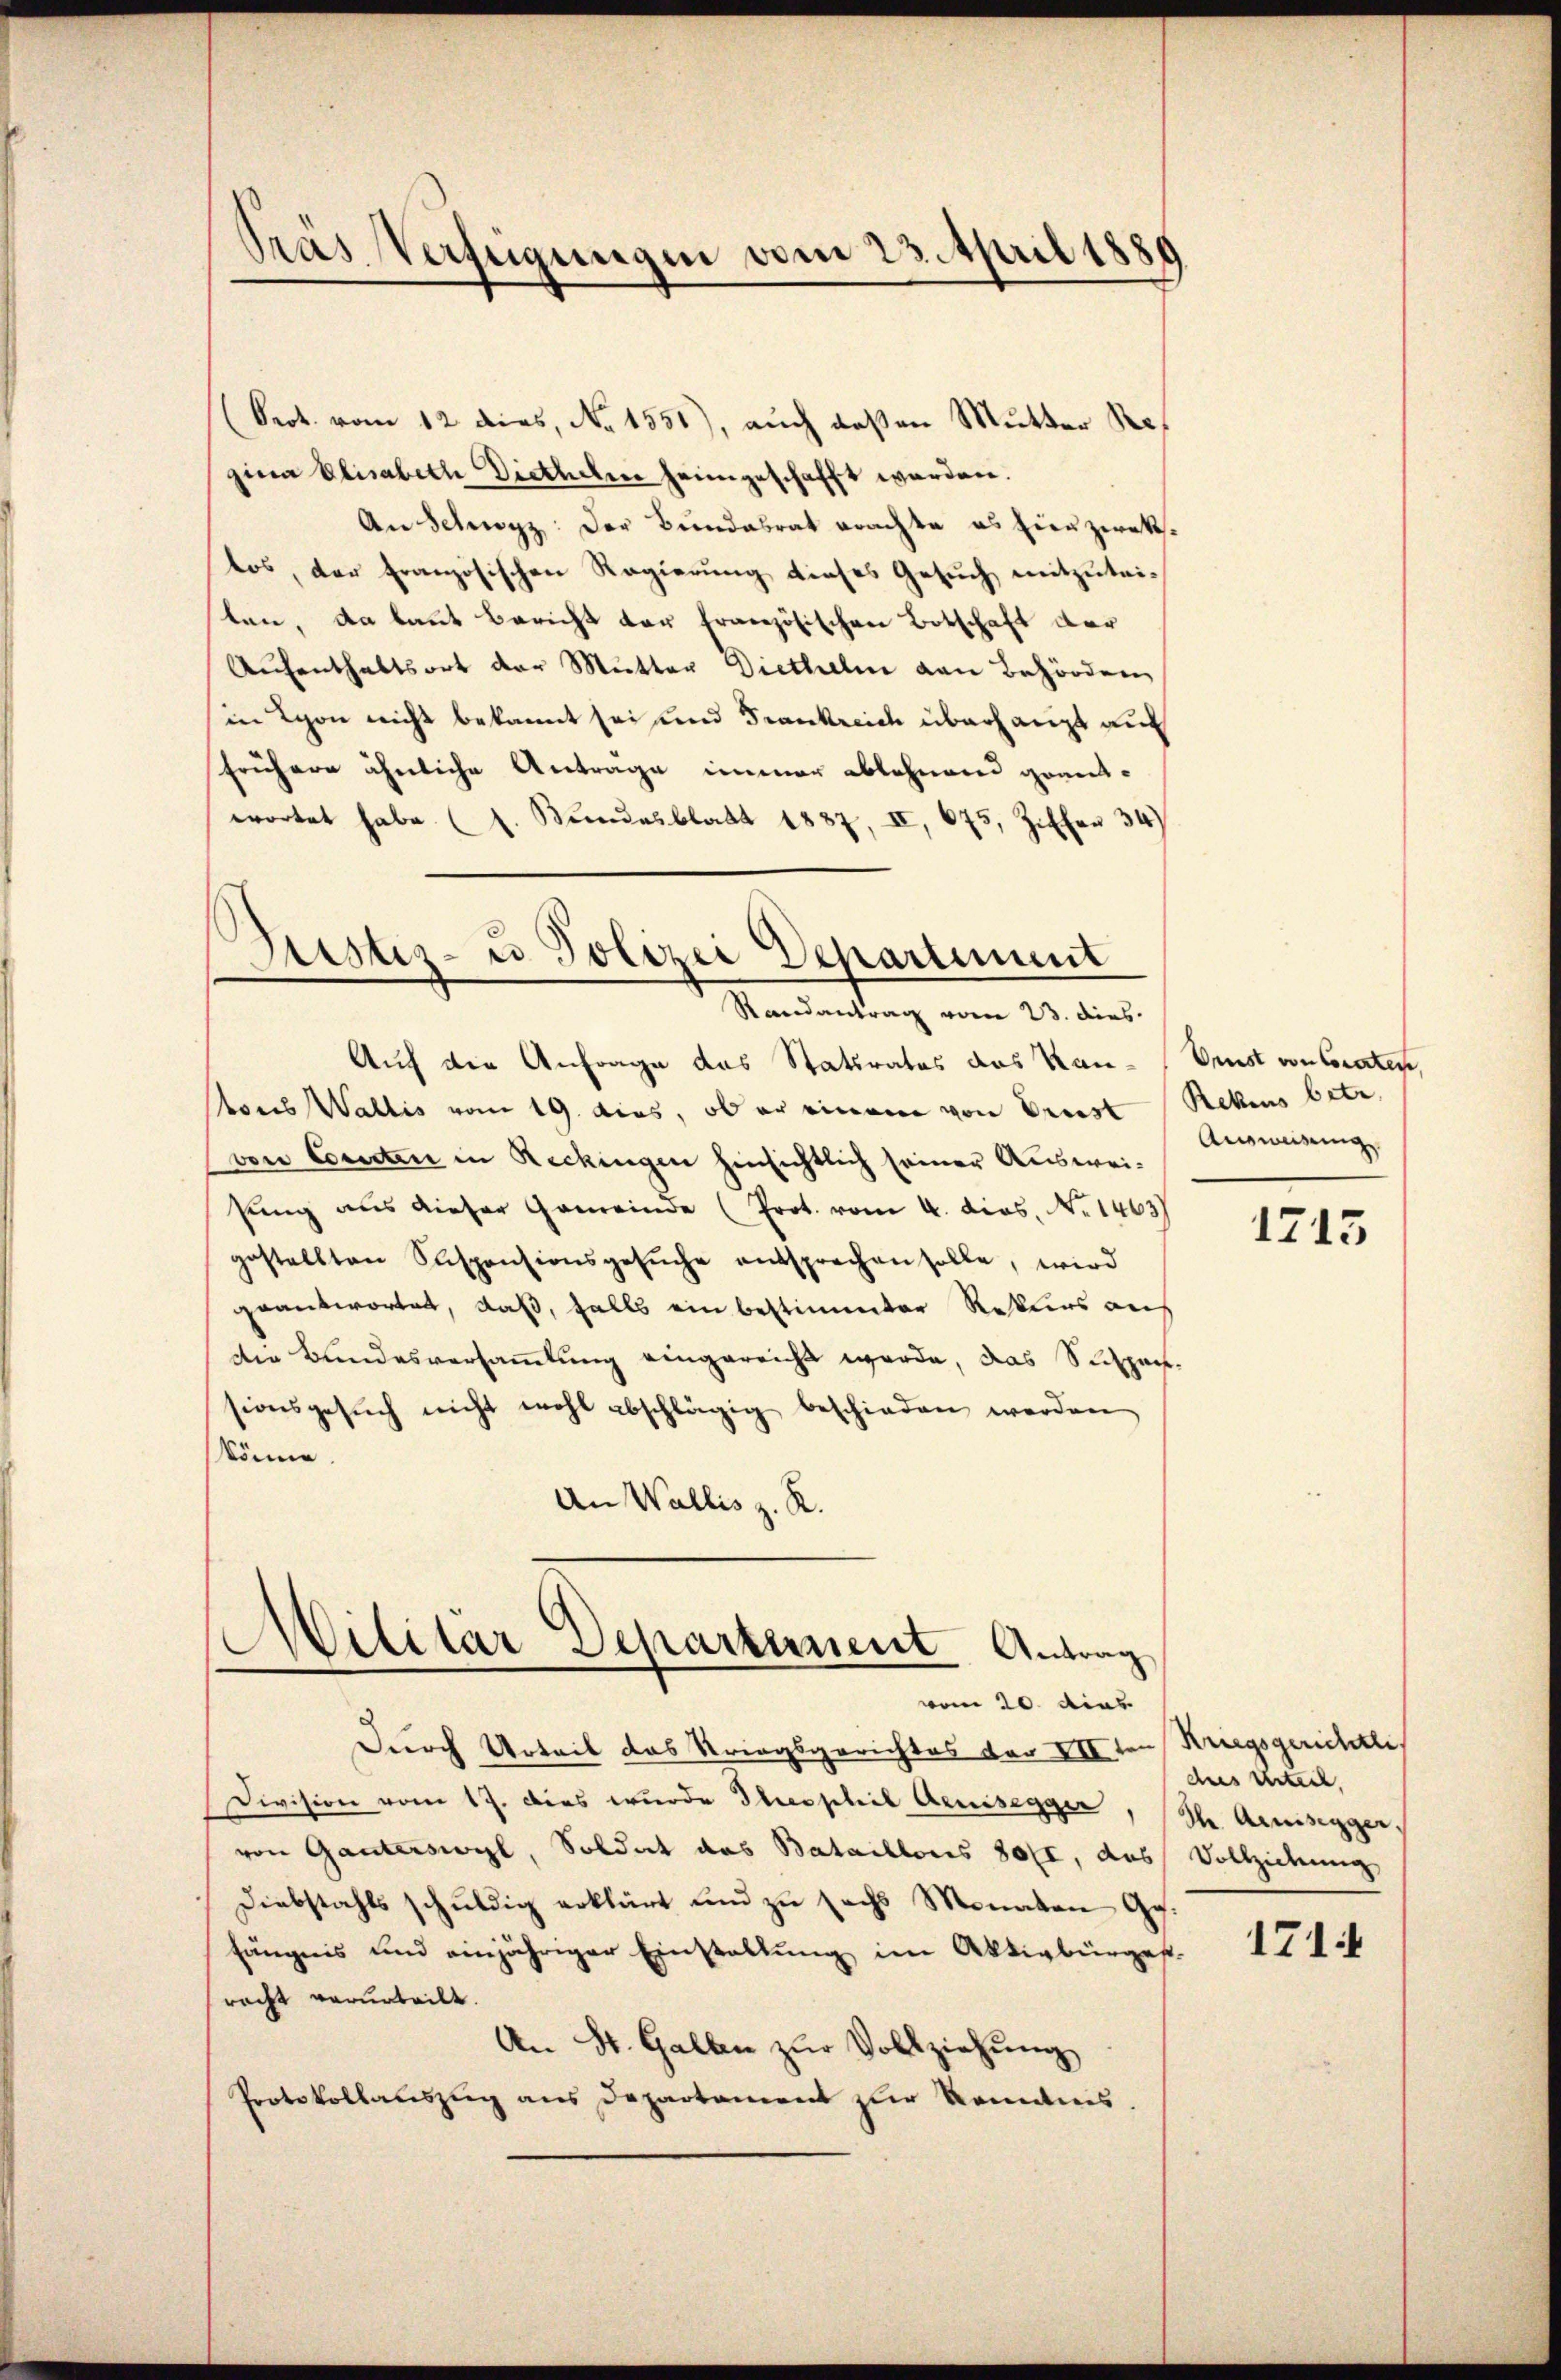
Pras Verfügungen vom 23. April 1885

Prot. vom 12. dies, No 1551), auch deßen Mutter Regina Elisabeth Diethelm heimgeschafft werden.
An Schwyz: Der Bundesrat erachte es hierzirektos, der französischen Regierung dieses Gesuch mitzuteiten, da kannt Bericht der französischen Botschaft der
Aŭfenthaltsort der Mutter Diethelm von Behörden
in Schon nicht bekannt sei und Frankreide überhaupt auc
frühere ähnliche Antrage immer ablehnend grantwortet habe (s. Bŭndesblatt 1887, II, 675, Ziffer 34)
Auf die Anfrage das Statsrates das Kan-Oest von Coraten,
tores Wallis vom 19. dies, ob er einem von Preist Rekurs betr.
von Comdten in Reckingen hinsichtlich seiner Ausweisung aus dieser Gemeinde (Prot. vom 4. dies. No 1463)
gestellten Suspensionsgesŭche entsprechen solle, wird
geantwortet, daß, falls ein bestimmter Rekurs auf
die Bundesversammlung eingereicht werde, das Suspensionsgesŭch nicht wohl abschlägig beschieden werden
könne.
An Wallis z. R.

Bestiz- u Polizei Departiment
Randantrag vom 23. dies

Militar Departernent Antrag
vom 20. dies

Durch Urteil das Striegsgerichtes vor IIIten Kriegsgerichtli
Division vom 17. Dies wurde Theophie Aeussegger, Ihr Armsegger.
von Ganterswyl, Soldat das Bataillonis 30 fl, das Vollziehung
Diebstahls schuldig erklärt und zu sechs Monaten Gefängnis und einjähriger Einstallung im Aktivbürgest.
racht verurteilt.
An St. Gallen zur Vollziehung
Protokollauszug aus Departament zur Kenntnis.

Ausweisung

1713

dees Urteil,

1714